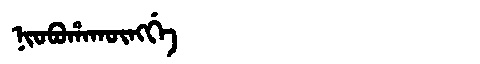
Manchu: ᠨᡳᠣᠪᠣᡥᠠᡴᡡᠩᡤᡝ
Romanization: NIOBOHAKŪNGGE